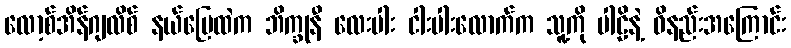
လော့စ်အိန်ဂျလိစ် နယ်မြေထဲက ဘိက္ခုနီ လေးပါး ငါးပါးလောက်က သူ့ကို ပါဠိနဲ့ ဝိနည်းအကြောင်း